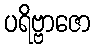
ပရိဗ္ဗာဇော